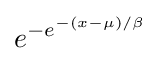
e^{-e^{-(x-\mu )/\beta }}